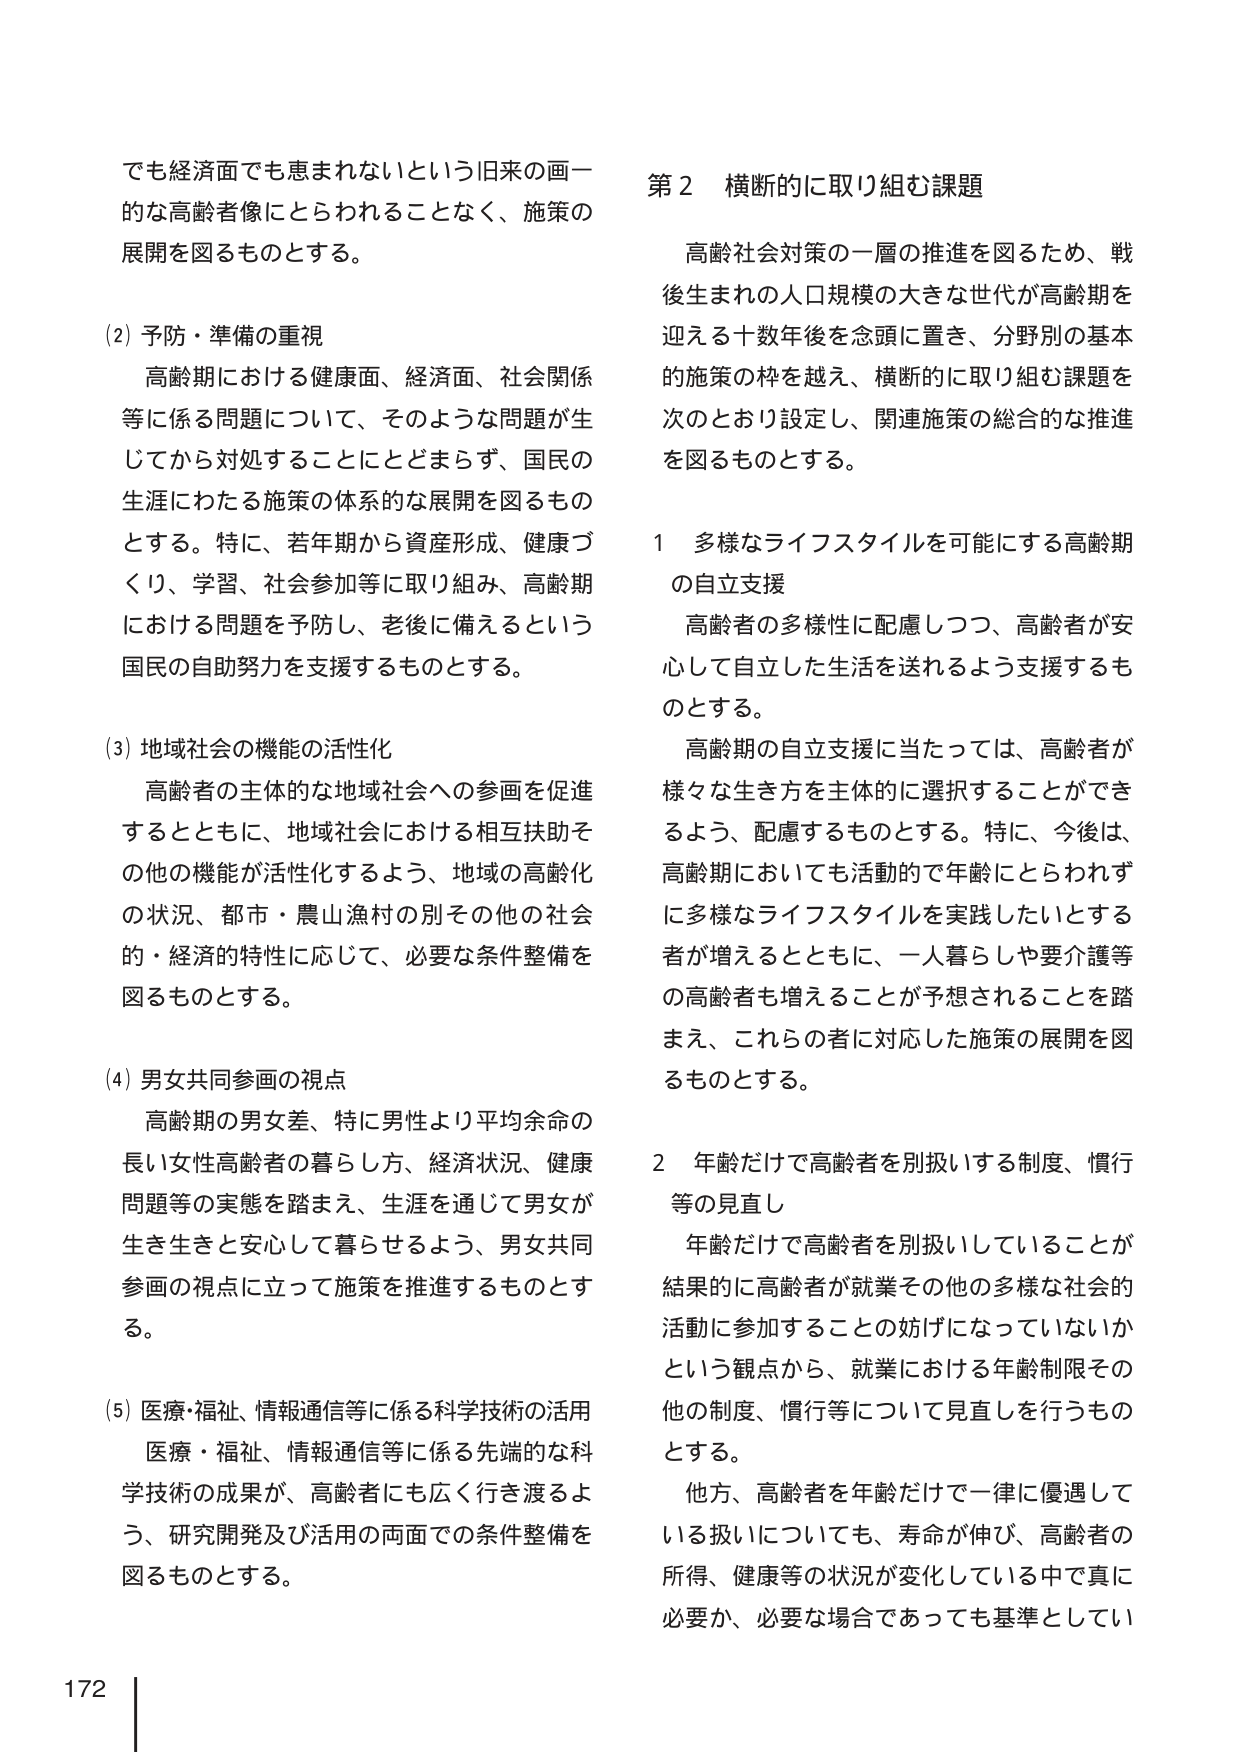
でも経済面でも恵まれないという旧来の画一的な高齢者像にとらわれることなく、施策の展開を図るものとする。

(2) 予防・準備の重視
高齢期における健康面、経済面、社会関係等に係る問題について、そのような問題が生じてから対処することにとどまらず、国民の生涯にわたる施策の体系的な展開を図るものとする。特に、若年期から資産形成、健康づくり、学習、社会参加等に取り組み、高齢期における問題を予防し、老後に備えるという国民の自助努力を支援するものとする。

(3) 地域社会の機能の活性化
高齢者の主体的な地域社会への参画を促進するとともに、地域社会における相互扶助その他の機能が活性化するよう、地域の高齢化の状況、都市・農山漁村の別その他の社会的・経済的特性に応じて、必要な条件整備を図るものとする。

(4) 男女共同参画の視点
高齢期の男女差、特に男性より平均余命の長い女性高齢者の暮らし方、経済状況、健康問題等の実態を踏まえ、生涯を通じて男女が生き生きと安心して暮らせるよう、男女共同参画の視点に立って施策を推進するものとする。

(5) 医療・福祉、情報通信等に係る科学技術の活用
医療・福祉、情報通信等に係る先端的な科学技術の成果が、高齢者にも広く行き渡るよう、研究開発及び活用の両面での条件整備を図るものとする。

第2 横断的に取り組む課題
高齢社会対策の一層の推進を図るため、戦後生まれの人口規模の大きな世代が高齢期を迎える十数年後を念頭に置き、分野別の基本的施策の枠を越え、横断的に取り組む課題を次のとおり設定し、関連施策の総合的な推進を図るものとする。

1 多様なライフスタイルを可能にする高齢期の自立支援
高齢者の多様性に配慮しつつ、高齢者が安心して自立した生活を送れるよう支援するものとする。
高齢期の自立支援に当たっては、高齢者が様々な生き方を主体的に選択することができるよう、配慮するものとする。特に、今後は、高齢期においても活動的で年齢にとらわれずに多様なライフスタイルを実践したいとする者が増えるとともに、一人暮らしや要介護等の高齢者も増えることが予想されることを踏まえ、これらの者に対応した施策の展開を図るものとする。

2 年齢だけで高齢者を別扱いする制度、慣行等の見直し
年齢だけで高齢者を別扱いしていることが結果的に高齢者が就業その他の多様な社会的活動に参加することの妨げになっていないかという観点から、就業における年齢制限その他の制度、慣行等について見直しを行うものとする。
他方、高齢者を年齢だけで一律に優遇している扱いについても、寿命が伸び、高齢者の所得、健康等の状況が変化している中で真に必要か、必要な場合であっても基準としてい

172